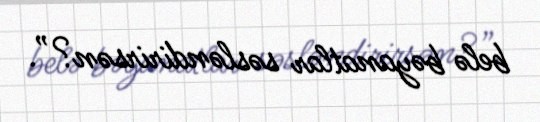
belə bəyanatlar səsləndirirsən?”.